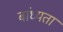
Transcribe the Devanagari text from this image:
बांध्यता